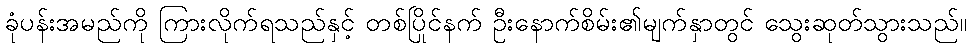
ခုံပန်းအမည်ကို ကြားလိုက်ရသည်နှင့် တစ်ပြိုင်နက် ဦးနောက်စိမ်း၏မျက်နှာတွင် သွေးဆုတ်သွားသည်။